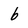
Character: b